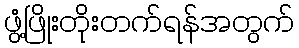
ဖွံ့ဖြိုးတိုးတက်ရန်အတွက်